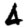
Digit: 4